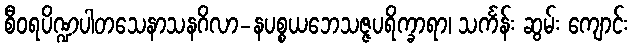
စီဝရပိဏ္ဍပါတသေနာသနဂိလာ-နပစ္စယဘေသဇ္ဇပရိက္ခာရာ၊ သင်္ကန်း ဆွမ်း ကျောင်း